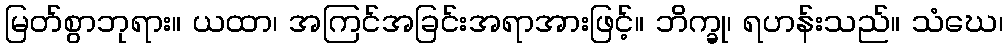
မြတ်စွာဘုရား။ ယထာ၊ အကြင်အခြင်းအရာအားဖြင့်။ ဘိက္ခု၊ ရဟန်းသည်။ သံဃေ၊